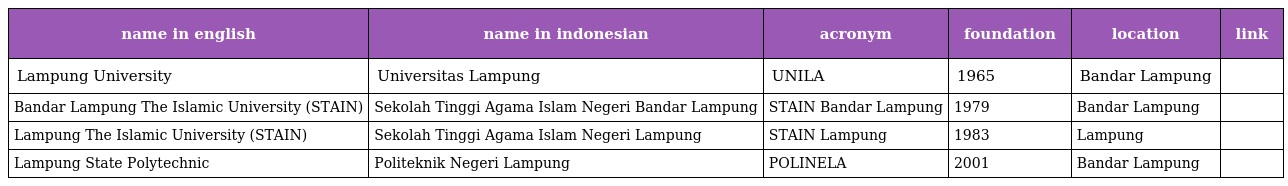
| name in english | name in indonesian | acronym | foundation | location | link |
 | --- | --- | --- | --- | --- | --- |
 | Lampung University | Universitas Lampung | UNILA | 1965 | Bandar Lampung |  |
 | Bandar Lampung The Islamic University (STAIN) | Sekolah Tinggi Agama Islam Negeri Bandar Lampung | STAIN Bandar Lampung | 1979 | Bandar Lampung |  |
 | Lampung The Islamic University (STAIN) | Sekolah Tinggi Agama Islam Negeri Lampung | STAIN Lampung | 1983 | Lampung |  |
 | Lampung State Polytechnic | Politeknik Negeri Lampung | POLINELA | 2001 | Bandar Lampung |  |